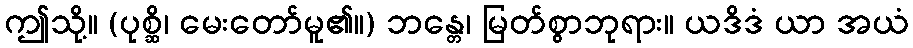
ဤသို့။ (ပုစ္ဆိ၊ မေးတော်မူ၏။) ဘန္တေ၊ မြတ်စွာဘုရား။ ယဒိဒံ ယာ အယံ